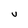
Character: u